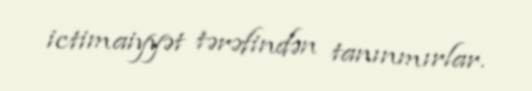
ictimaiyyət tərəfindən tanınmırlar.